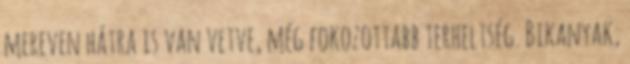
mereven hátra is van vetve, még fokozottabb terheltség. Bikanyak,